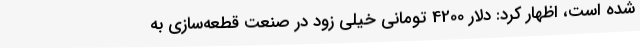
شده است، اظهار کرد: دلار 4200 تومانی خیلی زود در صنعت قطعه‌سازی به